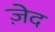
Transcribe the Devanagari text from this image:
ज़ेद